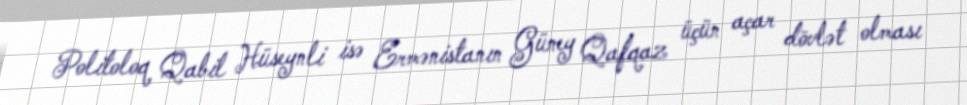
Politoloq Qabil Hüseynli isə Ermənistanın Güney Qafqaz üçün açar dövlət olması